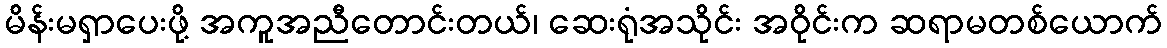
မိန်းမရှာပေးဖို့ အကူအညီတောင်းတယ်၊ ဆေးရုံအသိုင်း အဝိုင်းက ဆရာမတစ်ယောက်